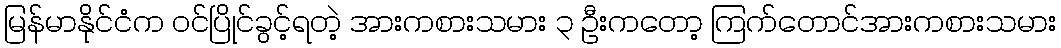
မြန်မာနိုင်ငံက ဝင်ပြိုင်ခွင့်ရတဲ့ အားကစားသမား ၃ ဦးကတော့ ကြက်တောင်အားကစားသမား